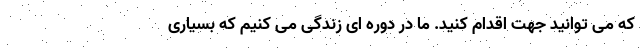
که می توانید جهت اقدام کنید. ما در دوره ای زندگی می کنیم که بسیاری